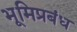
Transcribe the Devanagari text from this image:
भूमिप्रबंध